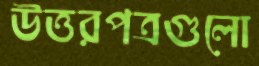
উত্তরপত্রগুলো